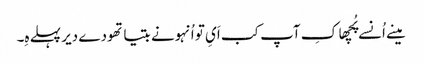
مینے اُنسے پُچھا کِ آپ کب اَیِ تو اُنہونے بتیا تھودے دیر پہلے ہِ۔